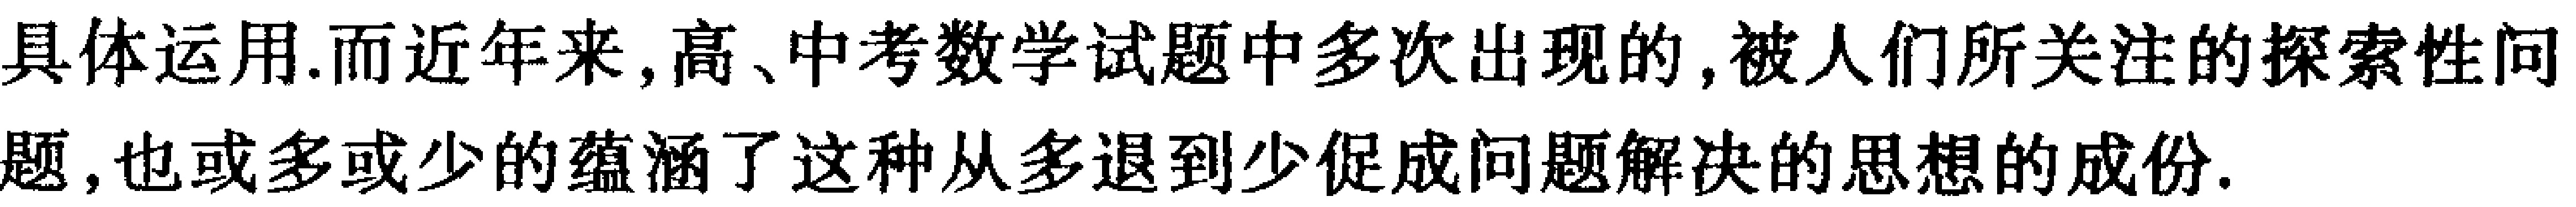
具体运用.而近年来,高、中考数学试题中多次出现的,被人们所关注的探索性问题,也或多或少的蕴涵了这种从多退到少促成问题解决的思想的成份.